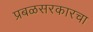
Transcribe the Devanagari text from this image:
प्रबळसरकारचा